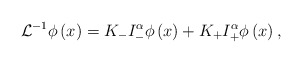
\begin{align*}\displaystyle \mathcal{L}^{-1}\phi\left(x\right) = K_{-} I_-^{\alpha}\phi\left(x\right) + K_{+} I_+^{\alpha}\phi\left(x\right), \end{align*}